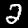
Label: 2